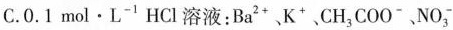
C.0.1 mol·L^{-1} HCl溶液:Ba^{2+} K^{+} CH_{3}COO ^{-}NO 3 ^{-}